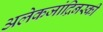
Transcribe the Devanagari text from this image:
अलेकजांद्रिनस्की